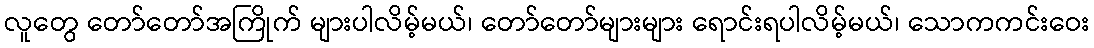
လူတွေ တော်တော်အကြိုက် များပါလိမ့်မယ်၊ တော်တော်များများ ရောင်းရပါလိမ့်မယ်၊ သောကကင်းဝေး